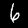
Label: 6